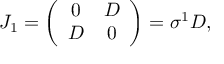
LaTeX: J _ { 1 } = \left( \begin{array} { c c } { { 0 } } & { { D } } \\ { { D } } & { { 0 } } \end{array} \right) = \sigma ^ { 1 } D ,